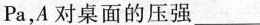
Pa，A对桌面的压强___